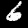
Label: 6